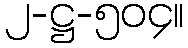
၂-ဋ္ဌ-၅၀၄။